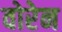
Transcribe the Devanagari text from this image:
वोरेन